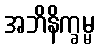
အဘိနိက္ခမ္မ